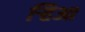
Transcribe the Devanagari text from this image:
र्‍हिआ